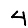
Digit: 4